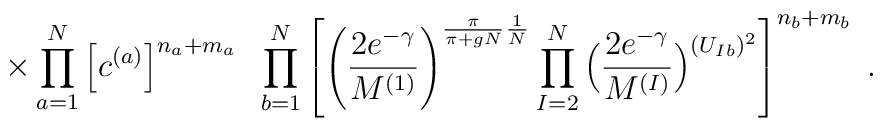
\times \prod_{a=1}^N \Big[ c^{(a)} \Big]^{n_a + m_a}\; \;\prod_{b=1}^N \left[\left( \frac{2e^{-\gamma}}{M^{(1)}}\right)^{\frac{\pi}{\pi+gN} \frac{1}{N}}\prod_{I=2}^N\Big( \frac{2e^{-\gamma}}{M^{(I)}}\Big)^{(U_{Ib})^2}\right]^{n_b + m_b} \; .